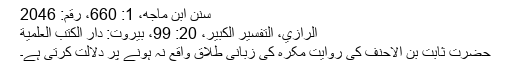
سنن ابن ماجه، 1: 660، رقم: 2046
الرازي، التفسير الكبير، 20: 99، بيروت: دار الكتب العلمية
حضرت ثابت بن الاحنف کی روایت مکرہ کی زبانی طلاق واقع نہ ہونے پر دلالت کرتی ہے۔